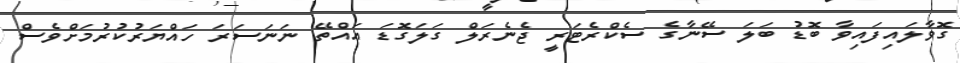
ގޮވާލައިފައިވާ ބޮޑު ބަލަ ސޭނާގެ ސެކްރެޓަރީ ޖެނެރަލް ގަލަގޮޑަ އައްތޭ ނަނަސަރަ ހައްޔަރުކުރުމަށްވެސް